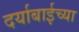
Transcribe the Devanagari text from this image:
दर्याबाईच्या